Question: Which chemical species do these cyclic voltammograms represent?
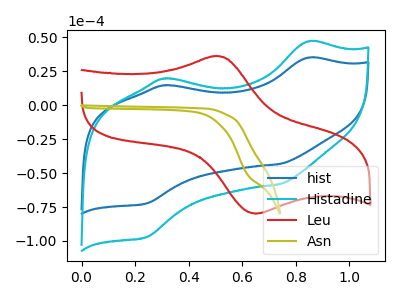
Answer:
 <answer>The blue curve is labeled "hist". The cyan curve is labeled "Histadine". The red curve is labeled "Leu". The olive curve is labeled "Asn".</answer>
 <eval></eval>